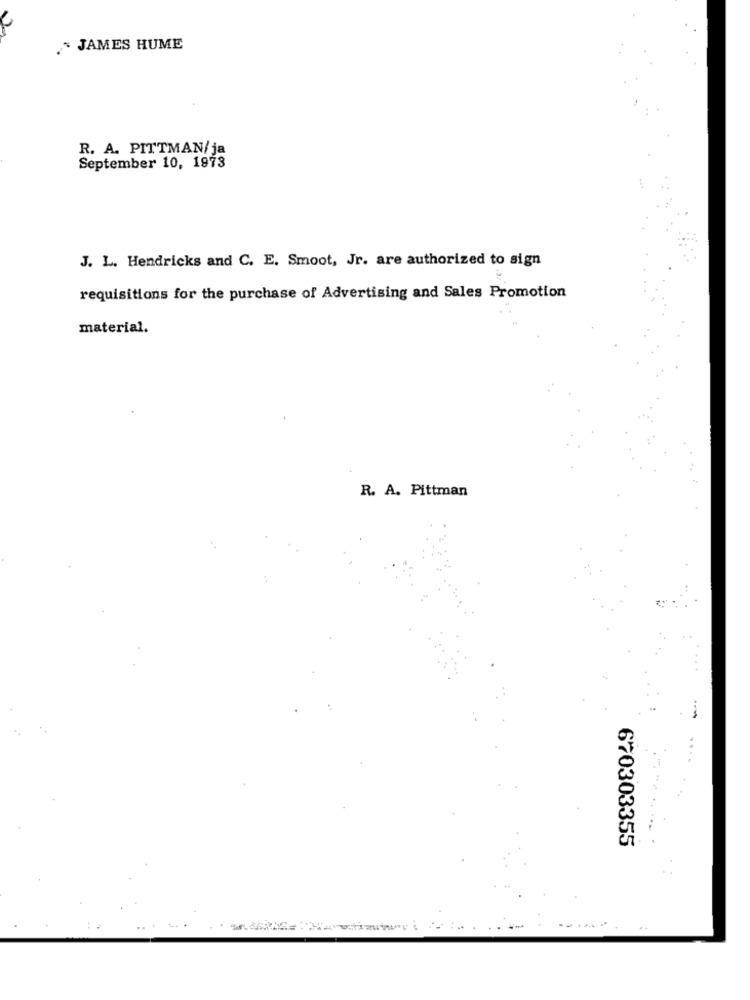
JAMES HUME
R. A. PITTMAN/ja
September 10, 1973
J. L. Hendricks and C. E. Smoot, Jr. are authorized to sign
requisitions for the purchase of Advertising and Sales Promotion
material.
R. A. Pittman
670303355